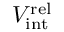
V _ { \mathrm { i n t } } ^ { \mathrm { r e l } }